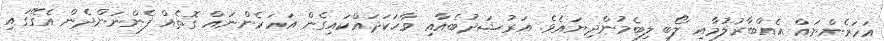
އަހަރެންނައް އެއްބާރުލުމާއި ލޯބި ލިބެމުންދިޔައެވެ. އަރުޝަދުބެއާއި ވާހަކަދައްކައިގެން އަހަރެންނައް ގޮތެއް ފެންނަންދެން އެގޭގައި